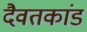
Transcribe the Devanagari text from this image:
दैवतकांड